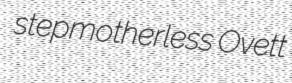
stepmotherless Ovett